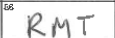
Transcription: RMT